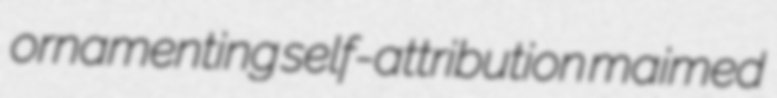
ornamenting self-attribution maimed